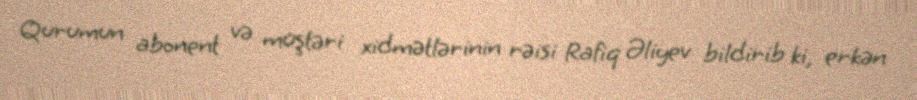
Qurumun abonent və müştəri xidmətlərinin rəisi Rafiq Əliyev bildirib ki, erkən